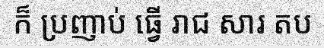
ក៏ ប្រញាប់ ធ្វើ រាជ សារ តប